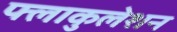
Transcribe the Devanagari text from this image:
फ्लाकुलेशन